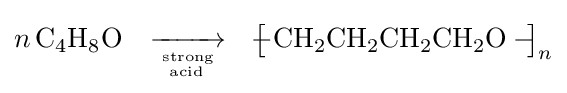
n\,{\mathrm {C} {\vphantom {A}}_{\smash[{t}]{4}}\mathrm {H} {\vphantom {A}}_{\smash[{t}]{8}}\mathrm {O} }\quad {\xrightarrow[{{\text{strong}} \atop {\text{acid}}}]{}}\quad {\bigl [}\!\!\!{{-}\mathrm {CH} {\vphantom {A}}_{\smash[{t}]{2}}\mathrm {CH} {\vphantom {A}}_{\smash[{t}]{2}}\mathrm {CH} {\vphantom {A}}_{\smash[{t}]{2}}\mathrm {CH} {\vphantom {A}}_{\smash[{t}]{2}}\mathrm {O} {}-{}}\!\!\!{\bigr ]}_{n}